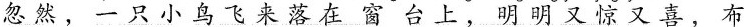
忽然，一只小鸟飞来落在窗台上，明明又惊又喜，布